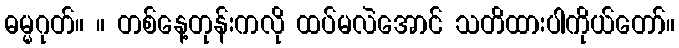
ဓမ္မဂုတ်။ ။ တစ်နေ့တုန်းကလို ထပ်မလဲအောင် သတိထားပါကိုယ်တော်။